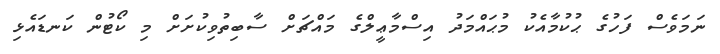
ނަމަވެސް ފަހުގެ ޙުކުމާއެކު މުޙައްމަދު އިސްމާޢީލްގެ މައްޗަށް ސާބިތުވިކުށަށް މި ކޯޓުން ކަނޑައެޅި